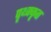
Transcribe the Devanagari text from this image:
पृथ्क्कृत